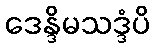
ဒေန္ဒိမသဒ္ဒံပိ